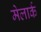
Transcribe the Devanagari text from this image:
मेलार्क